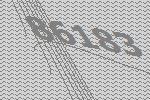
86183